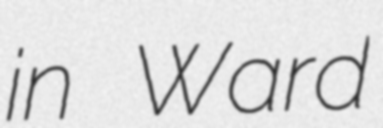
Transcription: in Ward